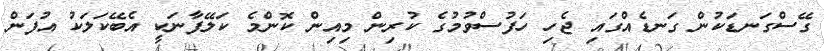
ގޭސްގަނޑަކުން ގަނޑެއްގައި ޖެހި ހަފުސްވުމުގެ ކުރިން މިއިން ކޮންމެ ކަލޭފާނަކީ އެބޭކަލަކު އުފަން